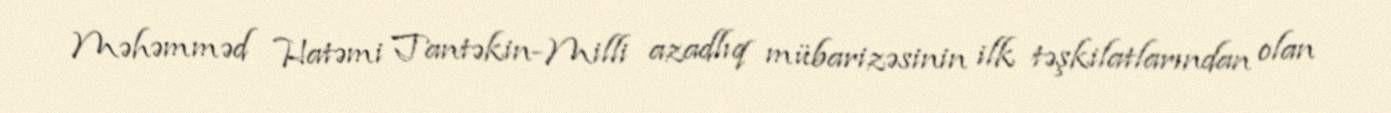
Məhəmməd Hatəmi Tantəkin-Milli azadlıq mübarizəsinin ilk təşkilatlarından olan